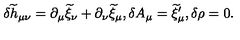
\delta { \widetilde h } _ { \mu \nu } = \partial _ { \mu } { \widetilde \xi } _ { \nu } + \partial _ { \nu } { \widetilde \xi } _ { \mu } , \delta A _ { \mu } = { \widetilde \xi } _ { \mu } ^ { \prime } , \delta \rho = 0 .